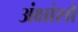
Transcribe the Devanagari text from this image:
अंक्षांशो